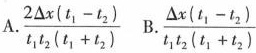
A.\frac{2 \Delta x(t_{1}-t_{2})}{t_{1}t_{2}(t_{1}+t_{2})} B.\frac{\Delta x(t_{1}-t_{2})}{t_{1}t_{2}(t_{1}+t_{2})}